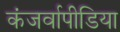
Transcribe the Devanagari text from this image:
कंजर्वापीडिया